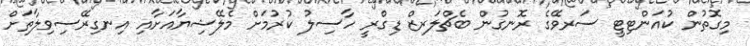
މިގޮތުން ކުއަންޓިޓީ ސަރވޭގެ ރޮނގުން ބެޗްލަރޒް ޑިގްރީ ހާސިލު ކުރުމަށް މެލޭޝިޔާއަށާއި އިނގިރޭސިވިލާތަށް